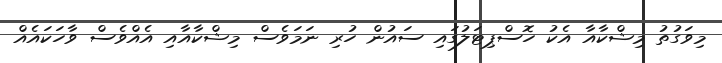
މިވަގުތު މިޝްކާއާ އެކު ހޮސްޕިޓަލުގައި ސައުން ހުރި ނަމަވެސް މިޝްކާއާއި އެއްވެސް ވާހަކައެއް